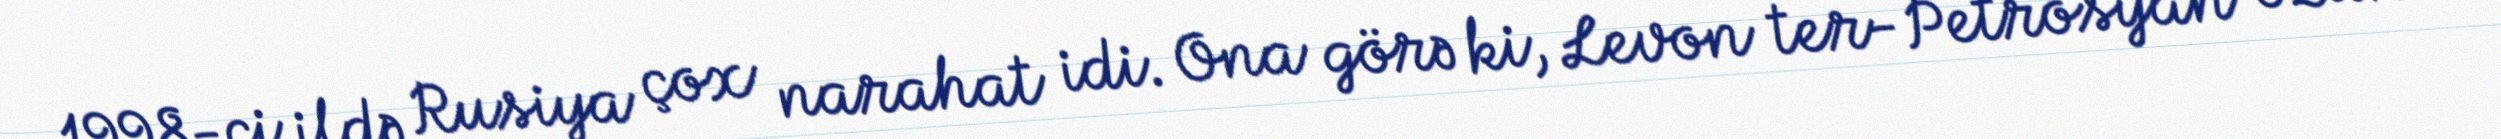
1998-ci ildə Rusiya çox narahat idi. Ona görə ki, Levon ter-Petrosyan özünü